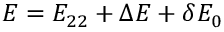
E = E _ { 2 2 } + \Delta E + \delta E _ { 0 }